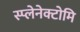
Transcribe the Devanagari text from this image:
स्प्लेनेक्टोमि